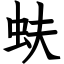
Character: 蚨